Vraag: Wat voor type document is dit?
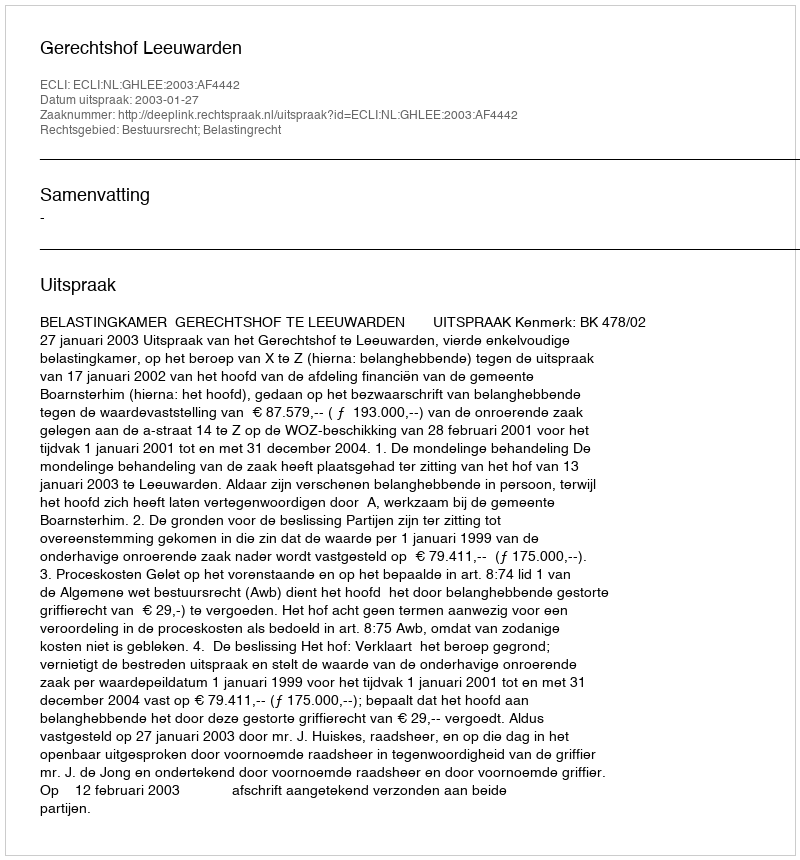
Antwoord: Uitspraak